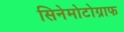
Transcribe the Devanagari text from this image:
सिनेमोटोग्राफ